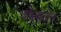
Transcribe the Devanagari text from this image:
श्वेबांतर